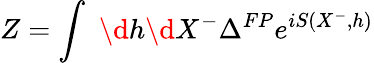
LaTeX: Z=\int\, \, \d h\d X^{-}\Delta^{FP}e^{iS(X^{-},h)}